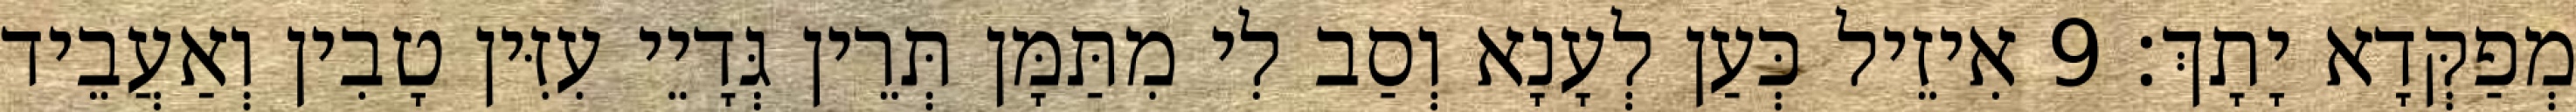
מְפַקְּדָא יָתָךְ׃ 9 אִיזֵיל כְּעַן לְעָנָא וְסַב לִי מִתַּמָּן תְּרֵין גְּדָיֵי עִזִּין טָבִין וְאַעֲבֵיד